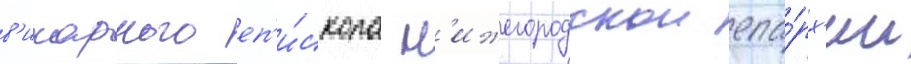
в'икарного еп'и́скопа н'ижегородскои епа́рх'ии